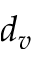
d _ { v }